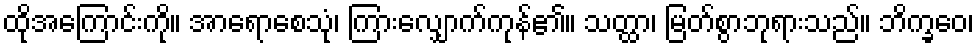
ထိုအကြောင်းကို။ အာရောစေသုံ၊ ကြားလျှောက်ကုန်၏။ သတ္ထာ၊ မြတ်စွာဘုရားသည်။ ဘိက္ခဝေ၊